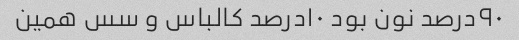
۹۰درصد نون بود ۱۰درصد کالباس و سس همین